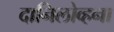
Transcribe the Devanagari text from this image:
दानिलोव्हना